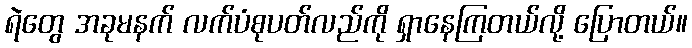
ရဲတွေ အခုမနက် လက်ပံစုပတ်လည်ကို ရှာနေကြတယ်လို့ ပြောတယ်။